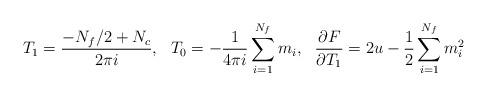
LaTeX: \begin{align*}T_1=\frac{-N_f/2+N_c}{2 \pi i},\ \ T_0=-\frac{1}{4 \pi i}\sum_{i=1}^{N_f} m_i,\ \ \frac{\partial F}{\partial T_1}=2u-\frac{1}{2}\sum_{i=1}^{N_f} m_i^2\end{align*}